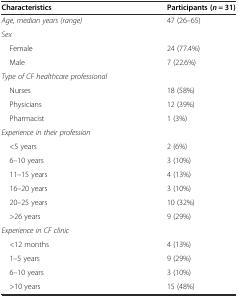
| Characteristics | Participants (n = 31) |
 | --- | --- |
 | Age, median years (range) | 47 (26–65) |
 | Sex |  |
 | Female | 24 (77.4%) |
 | Male | 7 (22.6%) |
 | Type of CF healthcare professional |  |
 | Nurses | 18 (58%) |
 | Physicians | 12 (39%) |
 | Pharmacist | 1 (3%) |
 | Experience in their profession |  |
 | <5 years | 2 (6%) |
 | 6–10 years | 3 (10%) |
 | 11–15 years | 4 (13%) |
 | 16–20 years | 3 (10%) |
 | 20–25 years | 10 (32%) |
 | >26 years | 9 (29%) |
 | Experience in CF clinic |  |
 | <12 months | 4 (13%) |
 | 1–5 years | 9 (29%) |
 | 6–10 years | 3 (10%) |
 | >10 years | 15 (48%) |